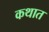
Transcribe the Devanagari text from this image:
कथात